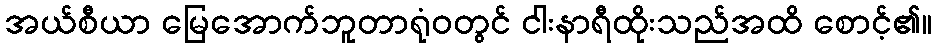
အယ်စီယာ မြေအောက်ဘူတာရုံဝတွင် ငါးနာရီထိုးသည်အထိ စောင့်၏။